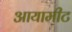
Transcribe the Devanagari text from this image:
आयामीट